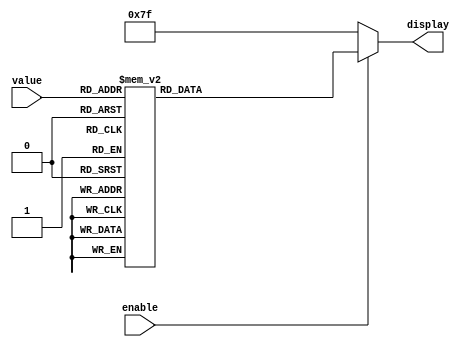
// This file is part of the Cornell University Hardware GPS Receiver Project.
// Copyright (C) 2009 - Adam Shapiro (ams348@cornell.edu)
//                      Tom Chatt (tjc42@cornell.edu)
//
// This program is free software; you can redistribute it and/or modify
// it under the terms of the GNU General Public License as published by
// the Free Software Foundation; either version 2 of the License, or
// (at your option) any later version.
//
// This program is distributed in the hope that it will be useful,
// but WITHOUT ANY WARRANTY; without even the implied warranty of
// MERCHANTABILITY or FITNESS FOR A PARTICULAR PURPOSE. See the
// GNU General Public License for more details.
//
// You should have received a copy of the GNU General Public License
// along with this program; if not, write to the Free Software
// Foundation, Inc., 59 Temple Place, Suite 330, Boston, MA 02111-1307 USA
module hex_driver(
    input [3:0]      value,
    input            enable,
    output reg [6:0] display);
    
    always @(value or enable) begin
       if(!enable)display<=7'h7F;
       else begin
        case(value)
        4'h0: display<=7'b1000000;
        4'h1: display<=7'b1111001;
        4'h2: display<=7'b0100100;
        4'h3: display<=7'b0110000;
        4'h4: display<=7'b0011001;
        4'h5: display<=7'b0010010;
        4'h6: display<=7'b0000010;
        4'h7: display<=7'b1111000;
        4'h8: display<=7'b0000000;
        4'h9: display<=7'b0010000;
        4'hA: display<=7'b0001000;
        4'hB: display<=7'b0000011;
        4'hC: display<=7'b1000110;
        4'hD: display<=7'b0100001;
        4'hE: display<=7'b0000110;
        4'hF: display<=7'b0001110;
        endcase // case (value)
       end
    end
endmodule